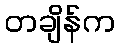
တချိန်က